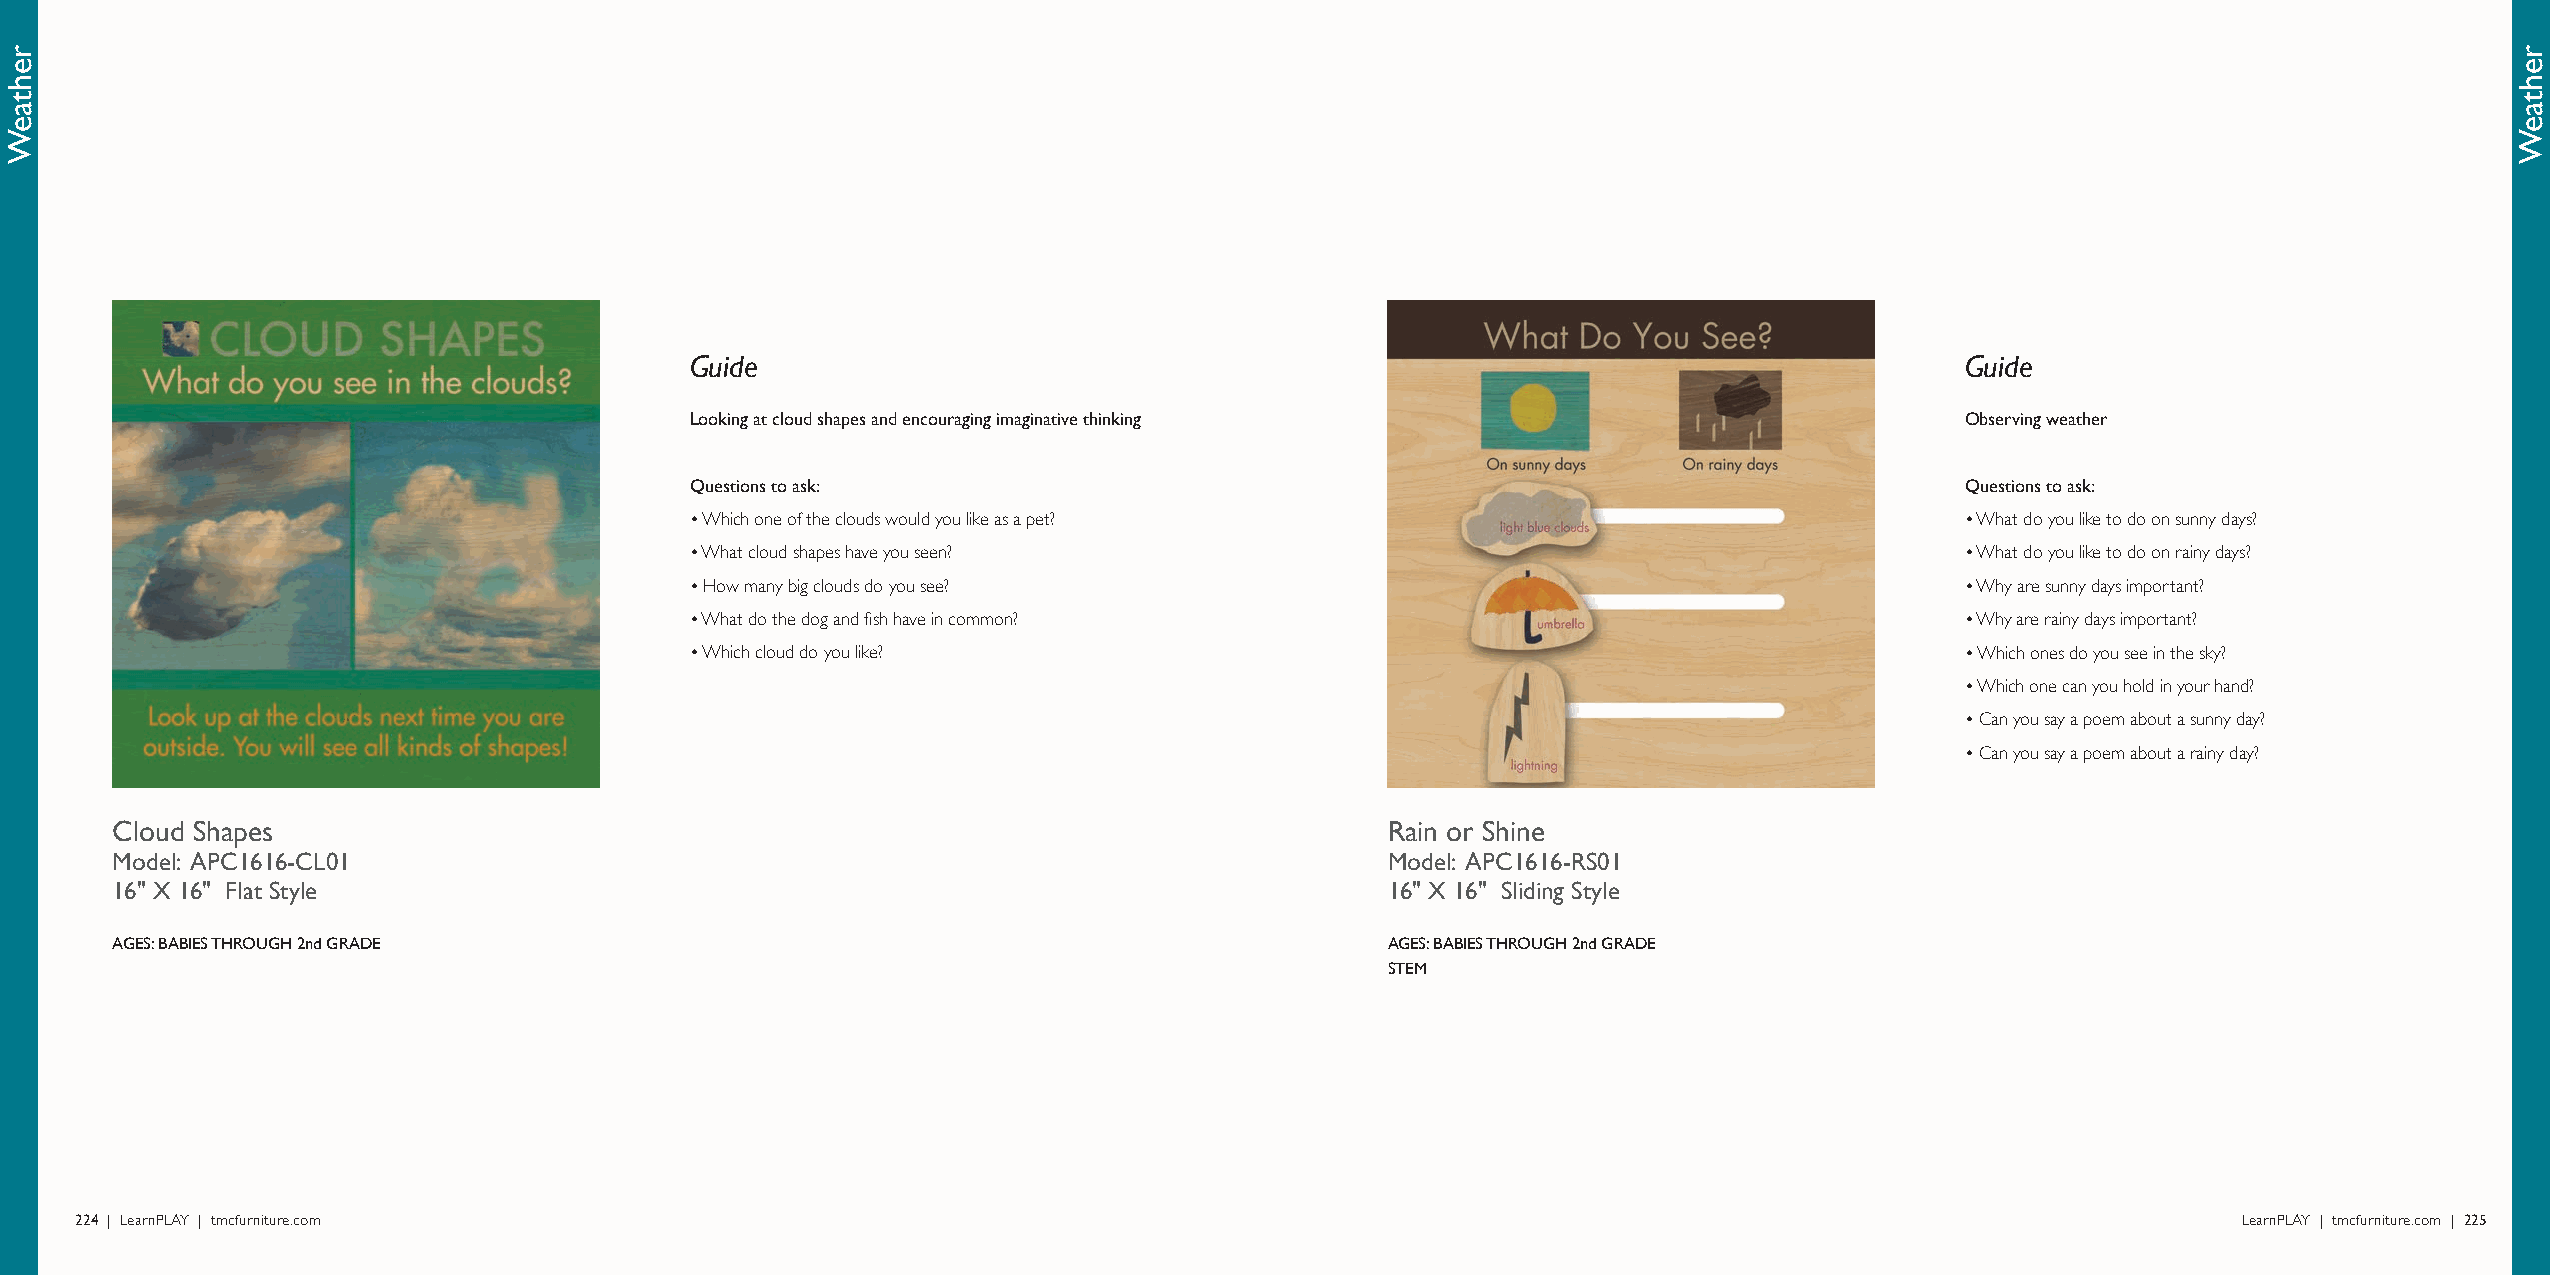
Guide                                                                               Guide
 Looking at cloud shapes and encouraging imaginative thinking                        Observing weather
 Questions to ask:                                                                   Questions to ask:
 • Which one of the clouds would you like as a pet?                                  • What do you like to do on sunny days?
 • What cloud shapes have you seen?                                                  • What do you like to do on rainy days?
 • How many big clouds do you see?                                                   • Why are sunny days important?
 • What do the dog and fish have in common?                                          • Why are rainy days important?
 • Which cloud do you like?                                                          • Which ones do you see in the sky?
 • Which one can you hold in your hand?
 • Can you say a poem about a sunny day?
 • Can you say a poem about a rainy day?
 Cloud Shapes                                                                         Rain or Shine
 Model: APC1616-CL01                                                                  Model: APC1616-RS01
 16" X 16" Flat Style                                                                 16" X 16" Sliding Style
 AGES: BABIES THROUGH 2nd GRADE                                                       AGES: BABIES THROUGH 2nd GRADE
 STEM
 224 | LearnPLAY | tmcfurniture.com                                                                                                             LearnPLAY | tmcfurniture.com | 225
 rehtaeW                                                                                                                                                                rehtaeW